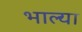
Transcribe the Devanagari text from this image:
भाल्या